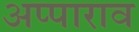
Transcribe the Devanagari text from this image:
अप्पाराव